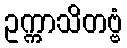
ဥက္ကာသိတဗ္ဗံ